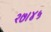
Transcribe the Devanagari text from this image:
२७।४५